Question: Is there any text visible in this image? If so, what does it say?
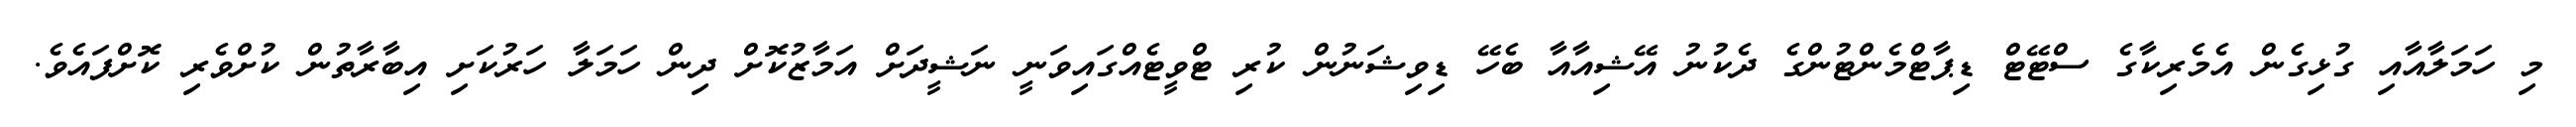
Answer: މި ހަމަލާއާއި ގުޅިގެން އެމެރިކާގެ ސްޓޭޓް ޑިޕާޓްމެންޓުންގެ ދެކުނު އޭޝިއާއާ ބެހޭ ޑިވިޝަނުން ކުރި ޓްވީޓެއްގައިވަނީ ނަޝީދަށް އަމާޒުކޮށް ދިން ހަމަލާ ހަރުކަށި އިބާރާތުން ކުށްވެރި ކޮށްފައެވެ.